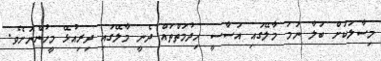
މިސާލަކަށް ބަލާ ނަމަ މާލޭގައި އަސާސީ ހިދުމަތްތައް ދެނީ މާލޭގައި ދިރިއުޅޭ މީހުންނަށެވެ.